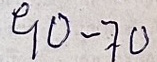
90 - 70